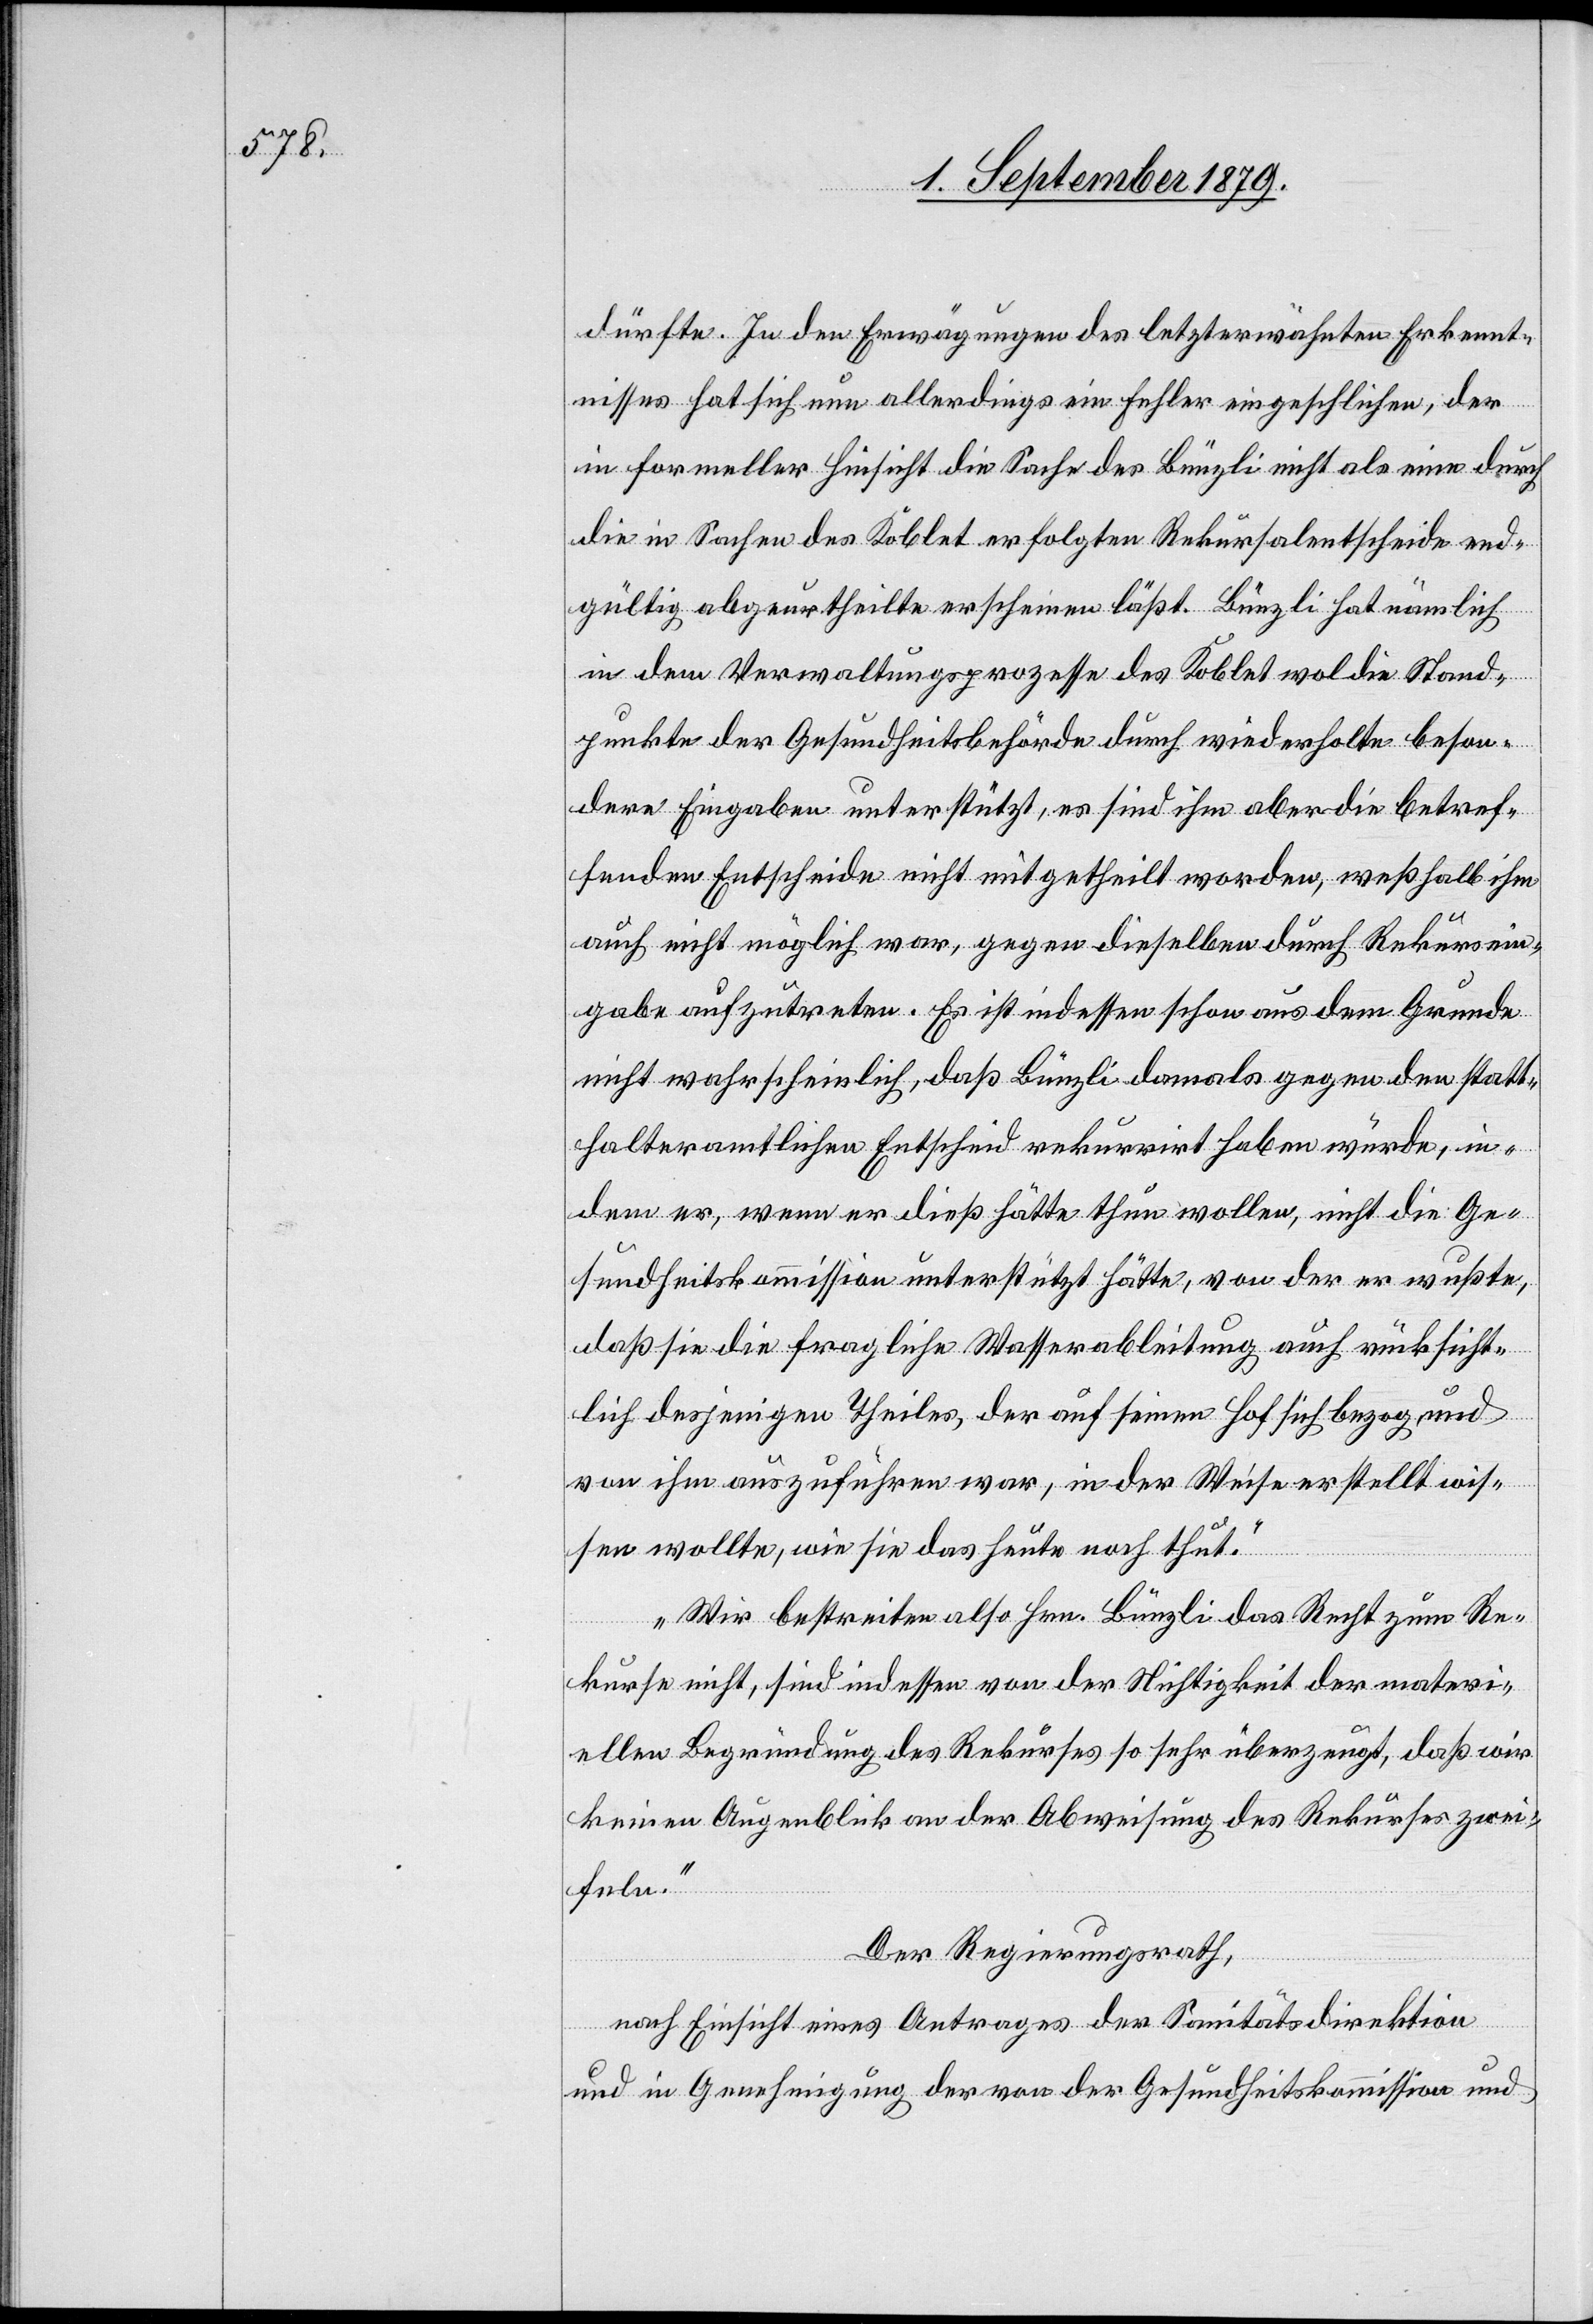
dürfte. In den Erwägungen des letzterwähnten Erkennt¬
nisses hat sich nun allerdings ein Fehler eingeschlichen, der
in formeller Hinsicht die Sache des Bünzli nicht als eine durch
die in Sachen des Koblet erfolgten Rekursalentscheide end¬
gültig abgeurtheilte erscheinen läßt. Bünzli hat nämlich
in dem Verwaltungsprozesse des Koblet wol die Stand¬
punkte der Gesundheitsbehörde durch wiederholte beson¬
dere Eingaben unterstützt, es sind ihm aber die betref¬
fenden Entscheide nicht mitgetheilt worden, weßhalb ihm
auch nicht möglich war, gegen dieselben durch Rekursein¬
gabe aufzutreten. Es ist indessen schon aus dem Grunde
nicht wahrscheinlich, daß Bünzli damals gegen den statt¬
halteramtlichen Entscheid rekurrirt haben würde, in¬
dem er, wenn er dieß hätte thun wollen, nicht die Ge¬
sundheitskommission unterstützt hätte, von der er wußte,
daß sie die fragliche Wasserableitung auch rücksicht¬
lich desjenigen Theiles, der auf seinen Hof sich bezog, und
von ihm auszuführen war, in der Weise erstellt wis¬
sen wollte, wie sie das heute noch thut.
Wir bestreiten also Hrn. Bünzli das Recht zum Re¬
kurs nicht, sind indessen von der Nichtigkeit der materi¬
ellen Begründung des Rekurses so sehr überzeugt, daß wir
keinen Augenblick an der Abweisung des Rekurses zwei¬
feln.“
Der Regierungsrath,
nach Einsicht eines Antrages der Sanitätsdirektion
und in Genehmigung der von der Gesundheitskommission und